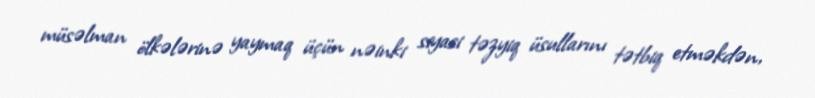
müsəlman ölkələrinə yaymaq üçün nəinki siyasi təzyiq üsullarını tətbiq etməkdən,